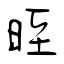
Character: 晊